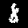
Digit: 8